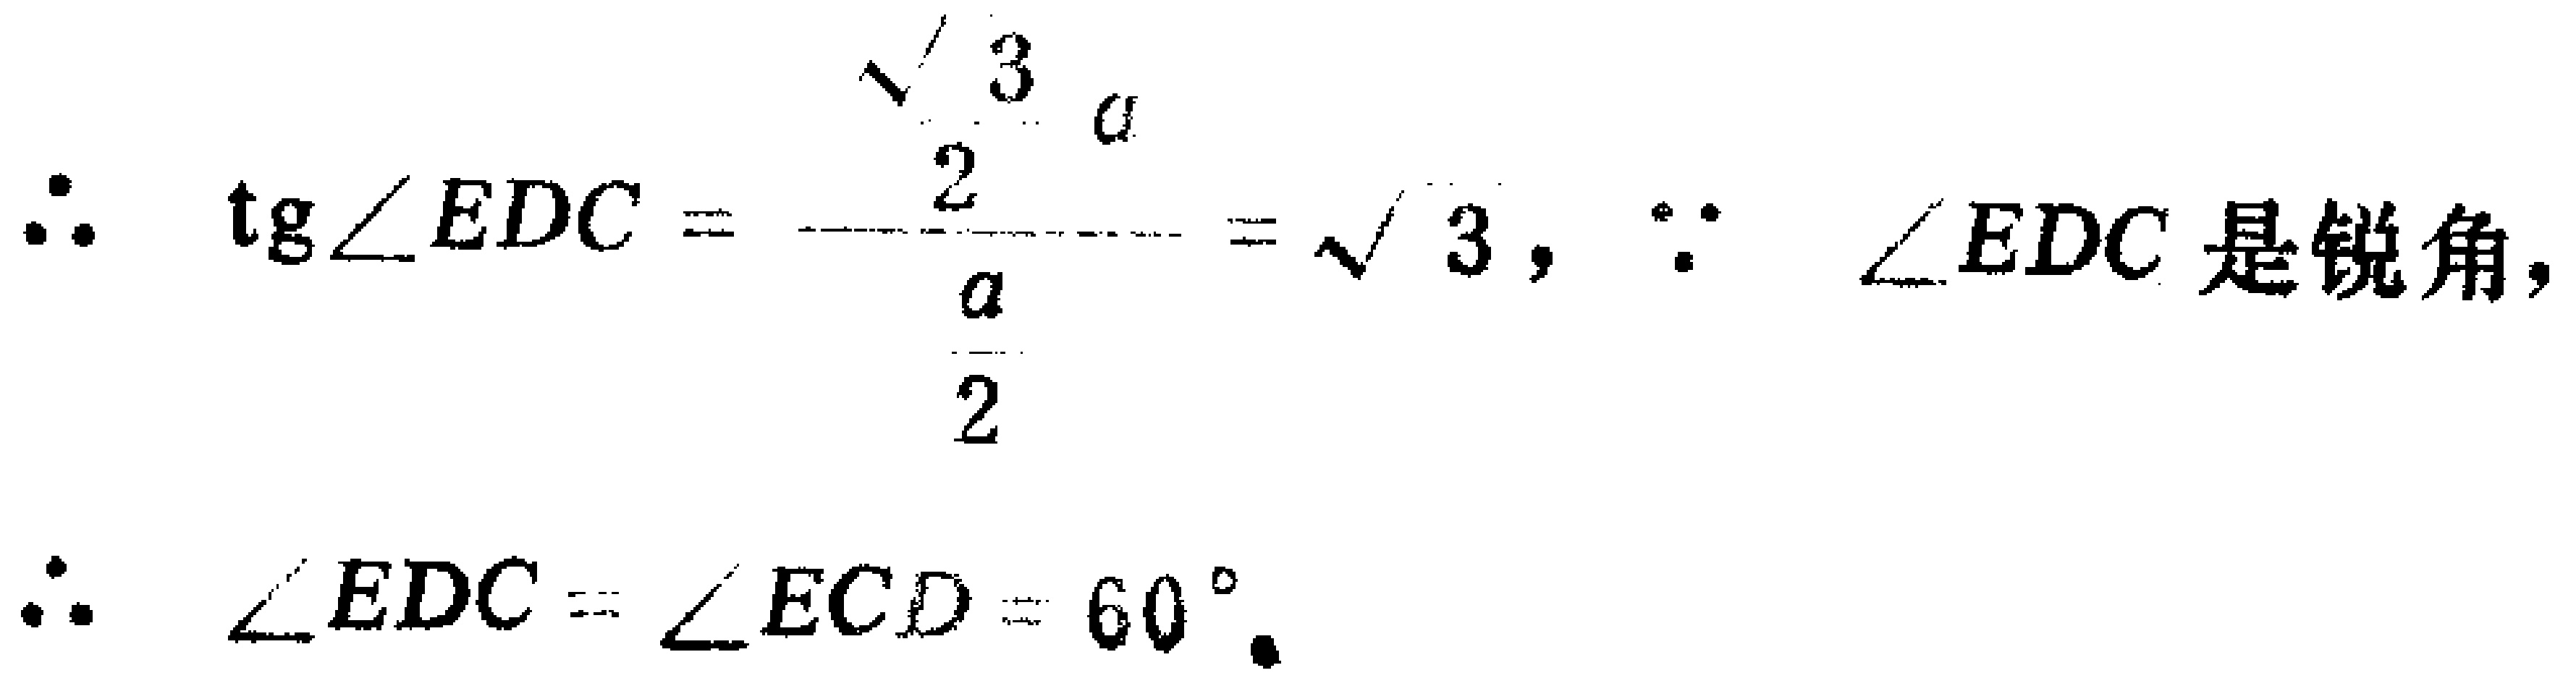
\[

\begin{align*}

\therefore \tan\angle EDC&=\frac{\frac{\sqrt{3}}{2}a}{\frac{a}{2}}=\sqrt{3}, \because \angle EDC\text{ 是锐角},\\

\therefore \angle EDC&=\angle ECD = 60^{\circ}.

\end{align*}

\]